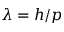
\lambda = h / p